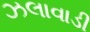
ઝલાવાડી